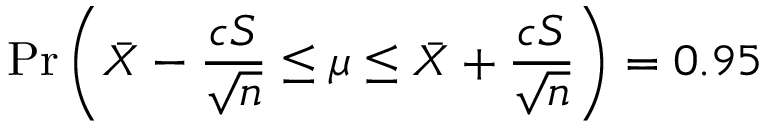
\operatorname* { P r } \left( { \bar { X } } - { \frac { c S } { \sqrt { n } } } \leq \mu \leq { \bar { X } } + { \frac { c S } { \sqrt { n } } } \right) = 0 . 9 5